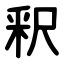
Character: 釈